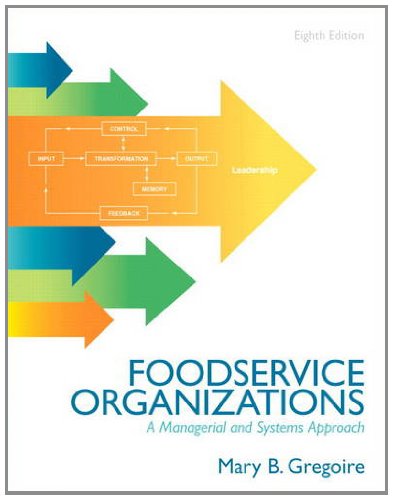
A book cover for Food Service Organizations: A Managerial and Systems Approach (8th Edition); Mary B. Gregoire; Cookbooks, Food & Wine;